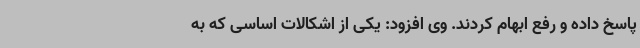
پاسخ داده و رفع ابهام کردند. وی افزود: یکی از اشکالات اساسی که به